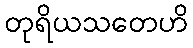
တုရိယသတေဟိ